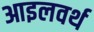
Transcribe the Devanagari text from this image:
आइलवर्थ